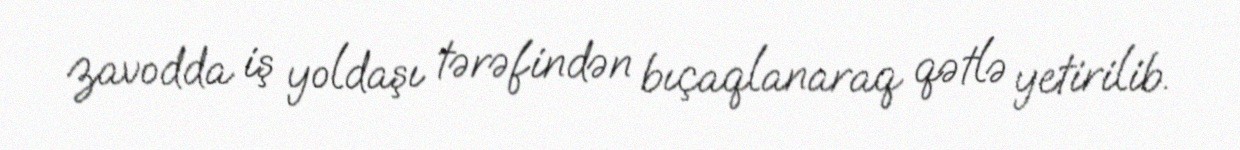
zavodda iş yoldaşı tərəfindən bıçaqlanaraq qətlə yetirilib.